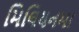
મિલિયનમા